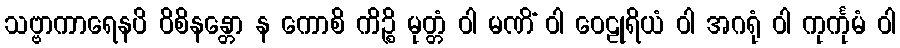
သဗ္ဗာကာရေနပိ ဝိစိနန္တော န ကောစိ ကိဉ္စိ မုတ္တံ ဝါ မဏိံ ဝါ ဝေဠုရိယံ ဝါ အဂရုံ ဝါ ကုင်္ကုမံ ဝါ